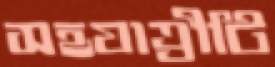
সহযাত্রীটি